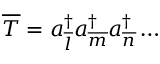
{ \overline { { \cal { T } } } } = a _ { \overline { l } } ^ { \dagger } a _ { \overline { m } } ^ { \dagger } a _ { \overline { n } } ^ { \dagger } \ldots